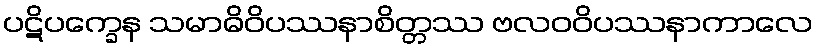
ပဋိပက္ခေန သမာဓိဝိပဿနာစိတ္တဿ ဗလဝဝိပဿနာကာလေ